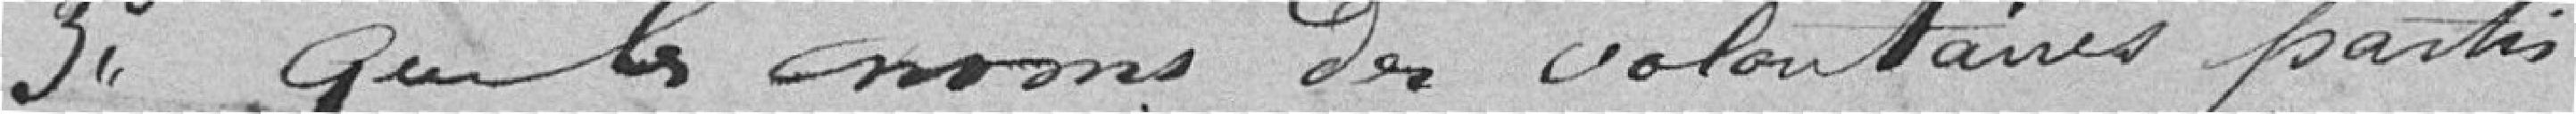
Troisièmement, que les noms des volontaires partis